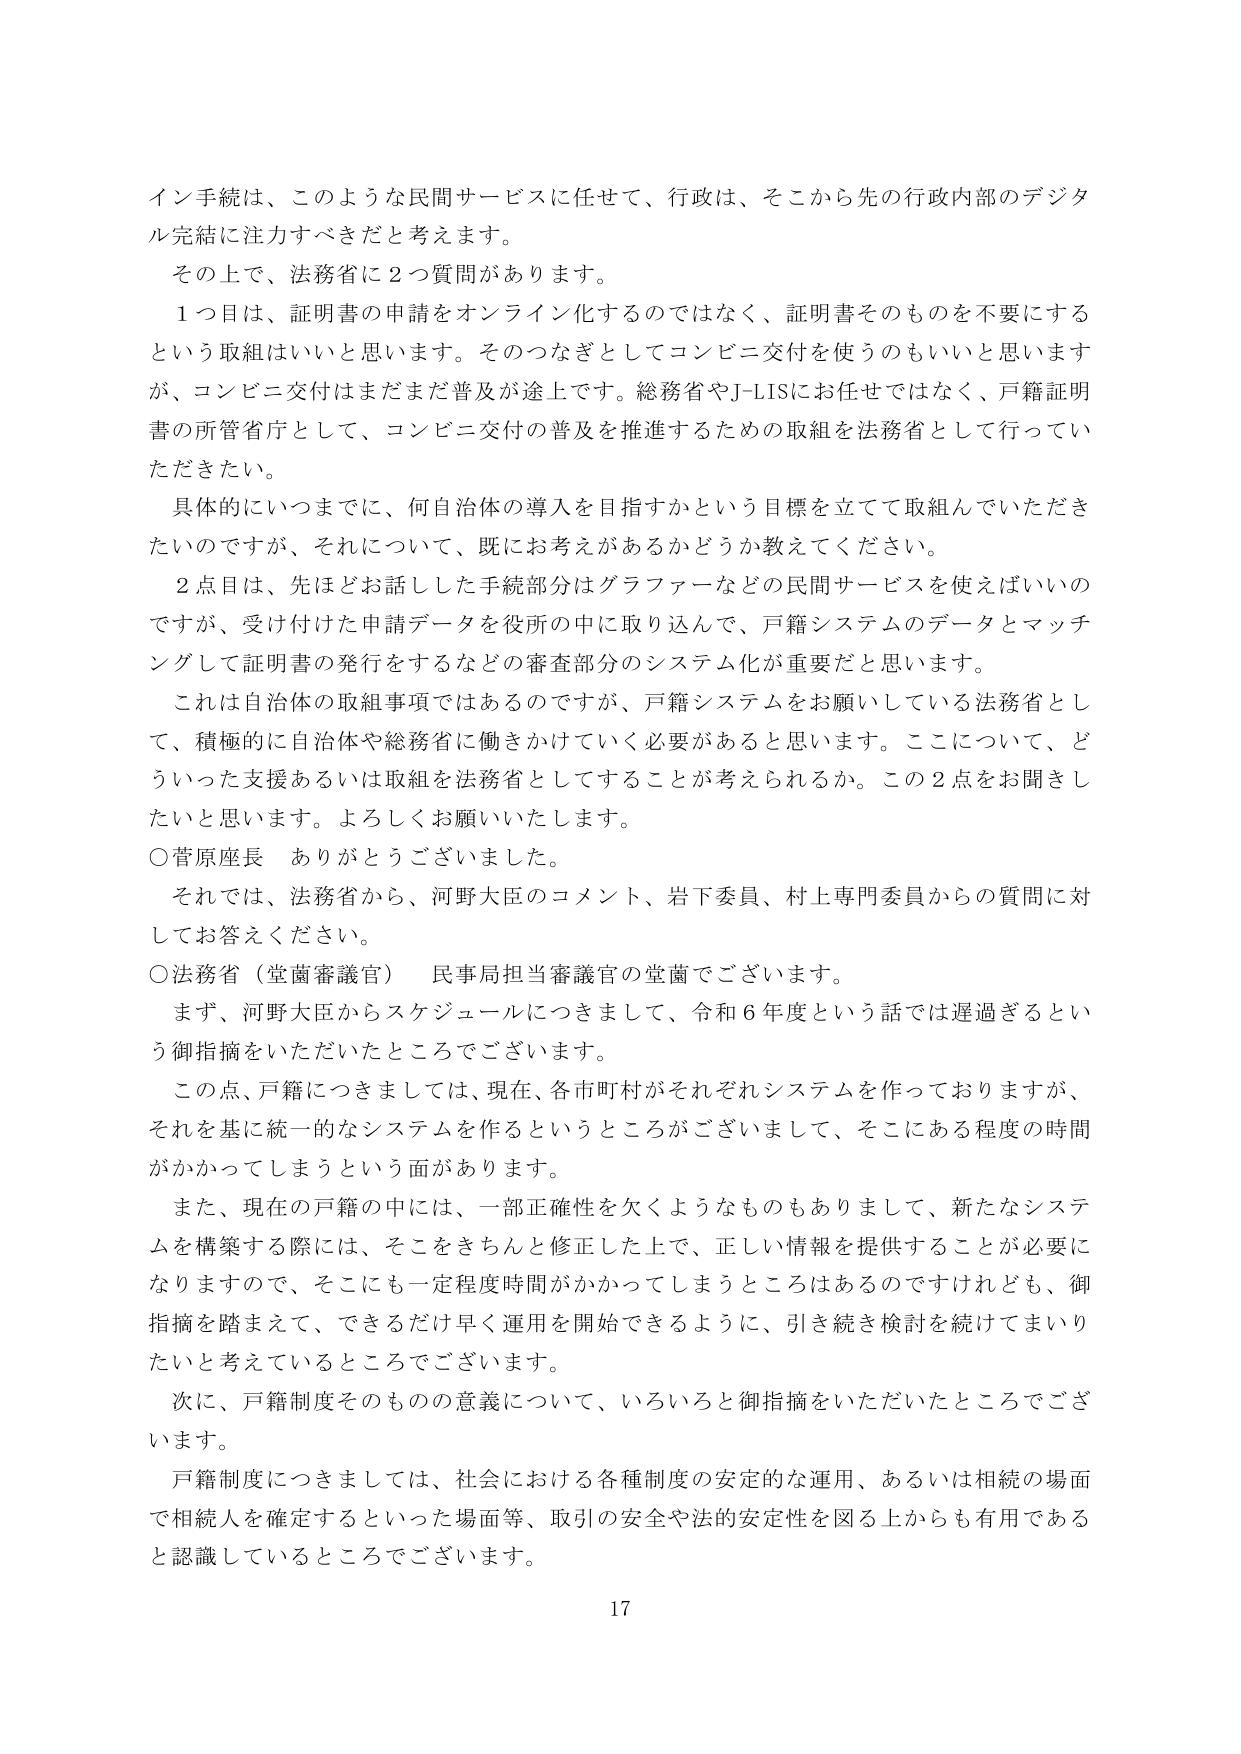
イン手続は、このような民間サービスに任せて、行政は、そこから先の行政内部のデジタル完結に注力すべきだと考えます。

その上で、法務省に２つ質問があります。

１つ目は、証明書の申請をオンライン化するのではなく、証明書そのものを不要にするという取組はいいと思います。そのつなぎとしてコンビニ交付を使うのもいいと思いますが、コンビニ交付はまだまだ普及が途上です。総務省やJ-LISにお任せではなく、戸籍証明書の所管省庁として、コンビニ交付の普及を推進するための取組を法務省として行っていただきたい。

具体的にいつまでに、何自治体の導入を目指すかという目標を立てて取組んでいただきたいのですが、それについて、既にお考えがあるかどうか教えてください。

２点目は、先ほどお話した手続部分はグラファーなどの民間サービスを使えばいいのですが、受け付けた申請データを役所の中に取り込んで、戸籍システムのデータとマッチングして証明書の発行をするなどの審査部分のシステム化が重要だと思います。

これは自治体の取組事項ではあるのですが、戸籍システムをお願いしている法務省として、積極的に自治体や総務省に働きかけていく必要があると思います。ここについて、どういった支援あるいは取組を法務省としてすることが考えられるか。この２点をお聞きしたいと思います。よろしくお願いいたします。

○菅原座長　ありがとうございました。

それでは、法務省から、河野大臣のコメント、岩下委員、村上専門委員からの質問に対してお答えください。

○法務省（堂薗審議官）　民事局担当審議官の堂薗でございます。

まず、河野大臣からスケジュールにつきまして、令和６年度という話では遅過ぎるという御指摘をいただいたところでございます。

この点、戸籍につきましては、現在、各市町村がそれぞれシステムを作っておりますが、それを基に統一的なシステムを作るというところがございまして、そこにある程度の時間がかかってしまうという面があります。

また、現在の戸籍の中には、一部正確性を欠くようなものもありまして、新たなシステムを構築する際には、そこをきちんと修正した上で、正しい情報を提供することが必要になりますので、そこにも一定程度時間がかかってしまうところはあるのですけれども、御指摘を踏まえて、できるだけ早く運用を開始できるように、引き続き検討を続けてまいりたいと考えているところでございます。

次に、戸籍制度そのものの意義について、いろいろと御指摘をいただいたところでございます。

戸籍制度につきましては、社会における各種制度の安定的な運用、あるいは相続の場面で相続人を確定するといった場面等、取引の安全や法的安定性を図る上からも有用であると認識しているところでございます。

17